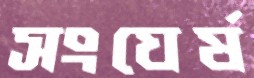
সংঘের্ষ